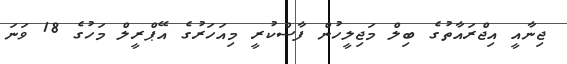
ޖިނާއީ އިޖްރައާތުގެ ބިލް މަޖިލީހުން ފާސްކުރީ މިއަހަރުގެ އޭޕްރީލް މަހުގެ 18 ވަނަ